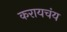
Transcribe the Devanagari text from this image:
करायचंय